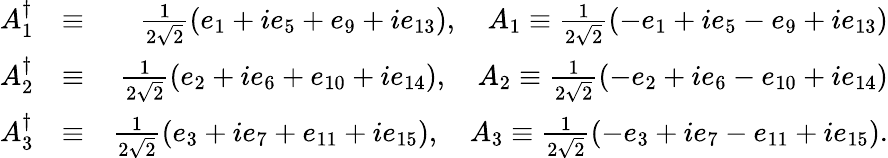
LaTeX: \begin{array}{rlr}{A_{1}^{\dagger}}&{\equiv}&{\frac{1}{2\sqrt{2}}(e_{1}+ie_{5}+e_{9}+ie_{13}),\quad A_{1}\equiv\frac{1}{2\sqrt{2}}(-e_{1}+ie_{5}-e_{9}+ie_{13})}\\ {A_{2}^{\dagger}}&{\equiv}&{\frac{1}{2\sqrt{2}}(e_{2}+ie_{6}+e_{10}+ie_{14}),\quad A_{2}\equiv\frac{1}{2\sqrt{2}}(-e_{2}+ie_{6}-e_{10}+ie_{14})}\\ {A_{3}^{\dagger}}&{\equiv}&{\frac{1}{2\sqrt{2}}(e_{3}+ie_{7}+e_{11}+ie_{15}),\quad A_{3}\equiv\frac{1}{2\sqrt{2}}(-e_{3}+ie_{7}-e_{11}+ie_{15}).}\end{array}